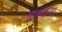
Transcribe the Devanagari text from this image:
बास्कस